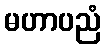
မဟာပညံ